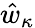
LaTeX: \hat{w}_{\kappa}